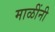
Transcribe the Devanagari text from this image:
माळींनी